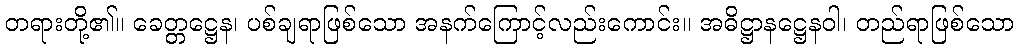
တရားတို့၏။ ခေတ္တဋ္ဌေန၊ ပစ်ချရာဖြစ်သော အနက်ကြောင့်လည်းကောင်း။ အဓိဋ္ဌာနဋ္ဌေနဝါ၊ တည်ရာဖြစ်သော